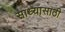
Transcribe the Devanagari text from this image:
साध्यासाठी